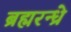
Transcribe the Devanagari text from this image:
ब्रह्मरन्ध्रे